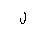
Letter: _lam